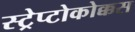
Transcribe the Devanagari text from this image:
स्ट्रेप्टोकोक्कस